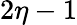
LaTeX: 2\eta-1